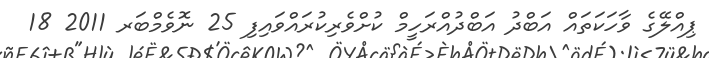
ޕިއްލޭގެ ވާހަކަތައް އަބްދު އަބްދުއްރަހީމް ކުށްވެރިކުރައްވައިފި 25 ނޮވެމްބަރ 2011 18